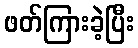
ဖတ်ကြားခဲ့ပြီး